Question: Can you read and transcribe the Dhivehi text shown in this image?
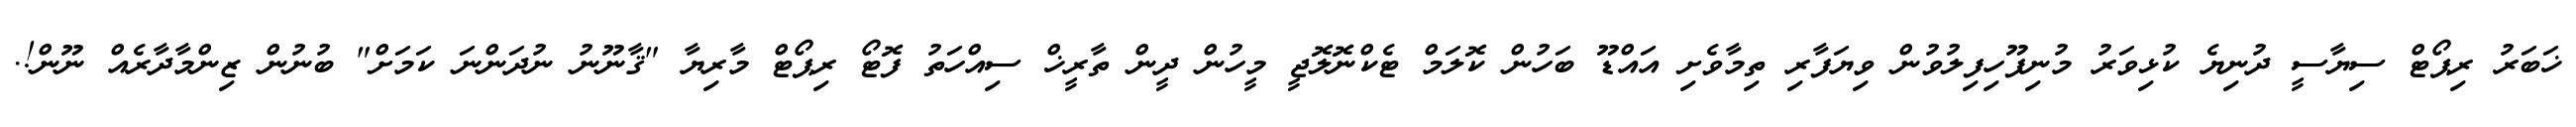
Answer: ޚަބަރު ރިޕޯޓް ސިޔާސީ ދުނިޔެ ކުޅިވަރު މުނިފޫހިފިލުވުން ވިޔަފާރި ތިމާވެށި އައްޑޫ ބަހުން ކޮލަމް ޓެކްނޮލޮޖީ މީހުން ދީން ތާރީޚް ސިއްހަތު ފޮޓޯ ރިޕޯޓް މާރިޔާ "ޤާނޫނު ނުދަންނަ ކަމަށް" ބުނުން ޒިންމާދާރެއް ނޫން!.